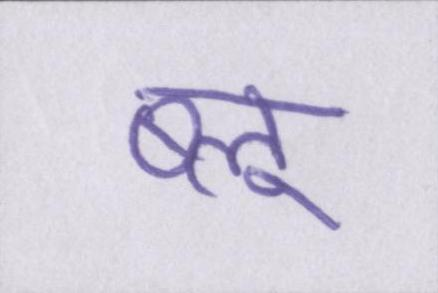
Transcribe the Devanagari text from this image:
ब्लू